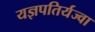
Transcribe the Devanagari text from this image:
यज्ञपतिर्यज्वा